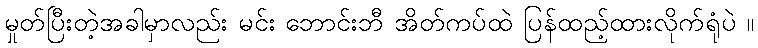
မှုတ်ပြီးတဲ့အခါမှာလည်း မင်း ဘောင်းဘီ အိတ်ကပ်ထဲ ပြန်ထည့်ထားလိုက်ရုံပဲ ။